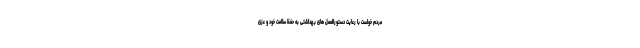
مردم خواست با رعایت دستورالعمل های بهداشتی به حفظ سلامت خود و عزی